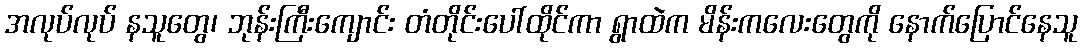
အလုပ်လုပ် နသူတွေ၊ ဘုန်းကြီးကျောင်း တံတိုင်းပေါ်ထိုင်ကာ ရွာထဲက မိန်းကလေးတွေကို နောက်ပြောင်နေသူ